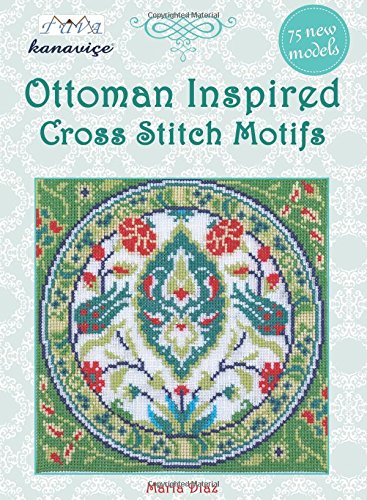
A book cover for Ottoman Inspired Cross Stitch Motifs: 75 New Models (Cross Stitch Motif Series); Maria Diaz; Crafts, Hobbies & Home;